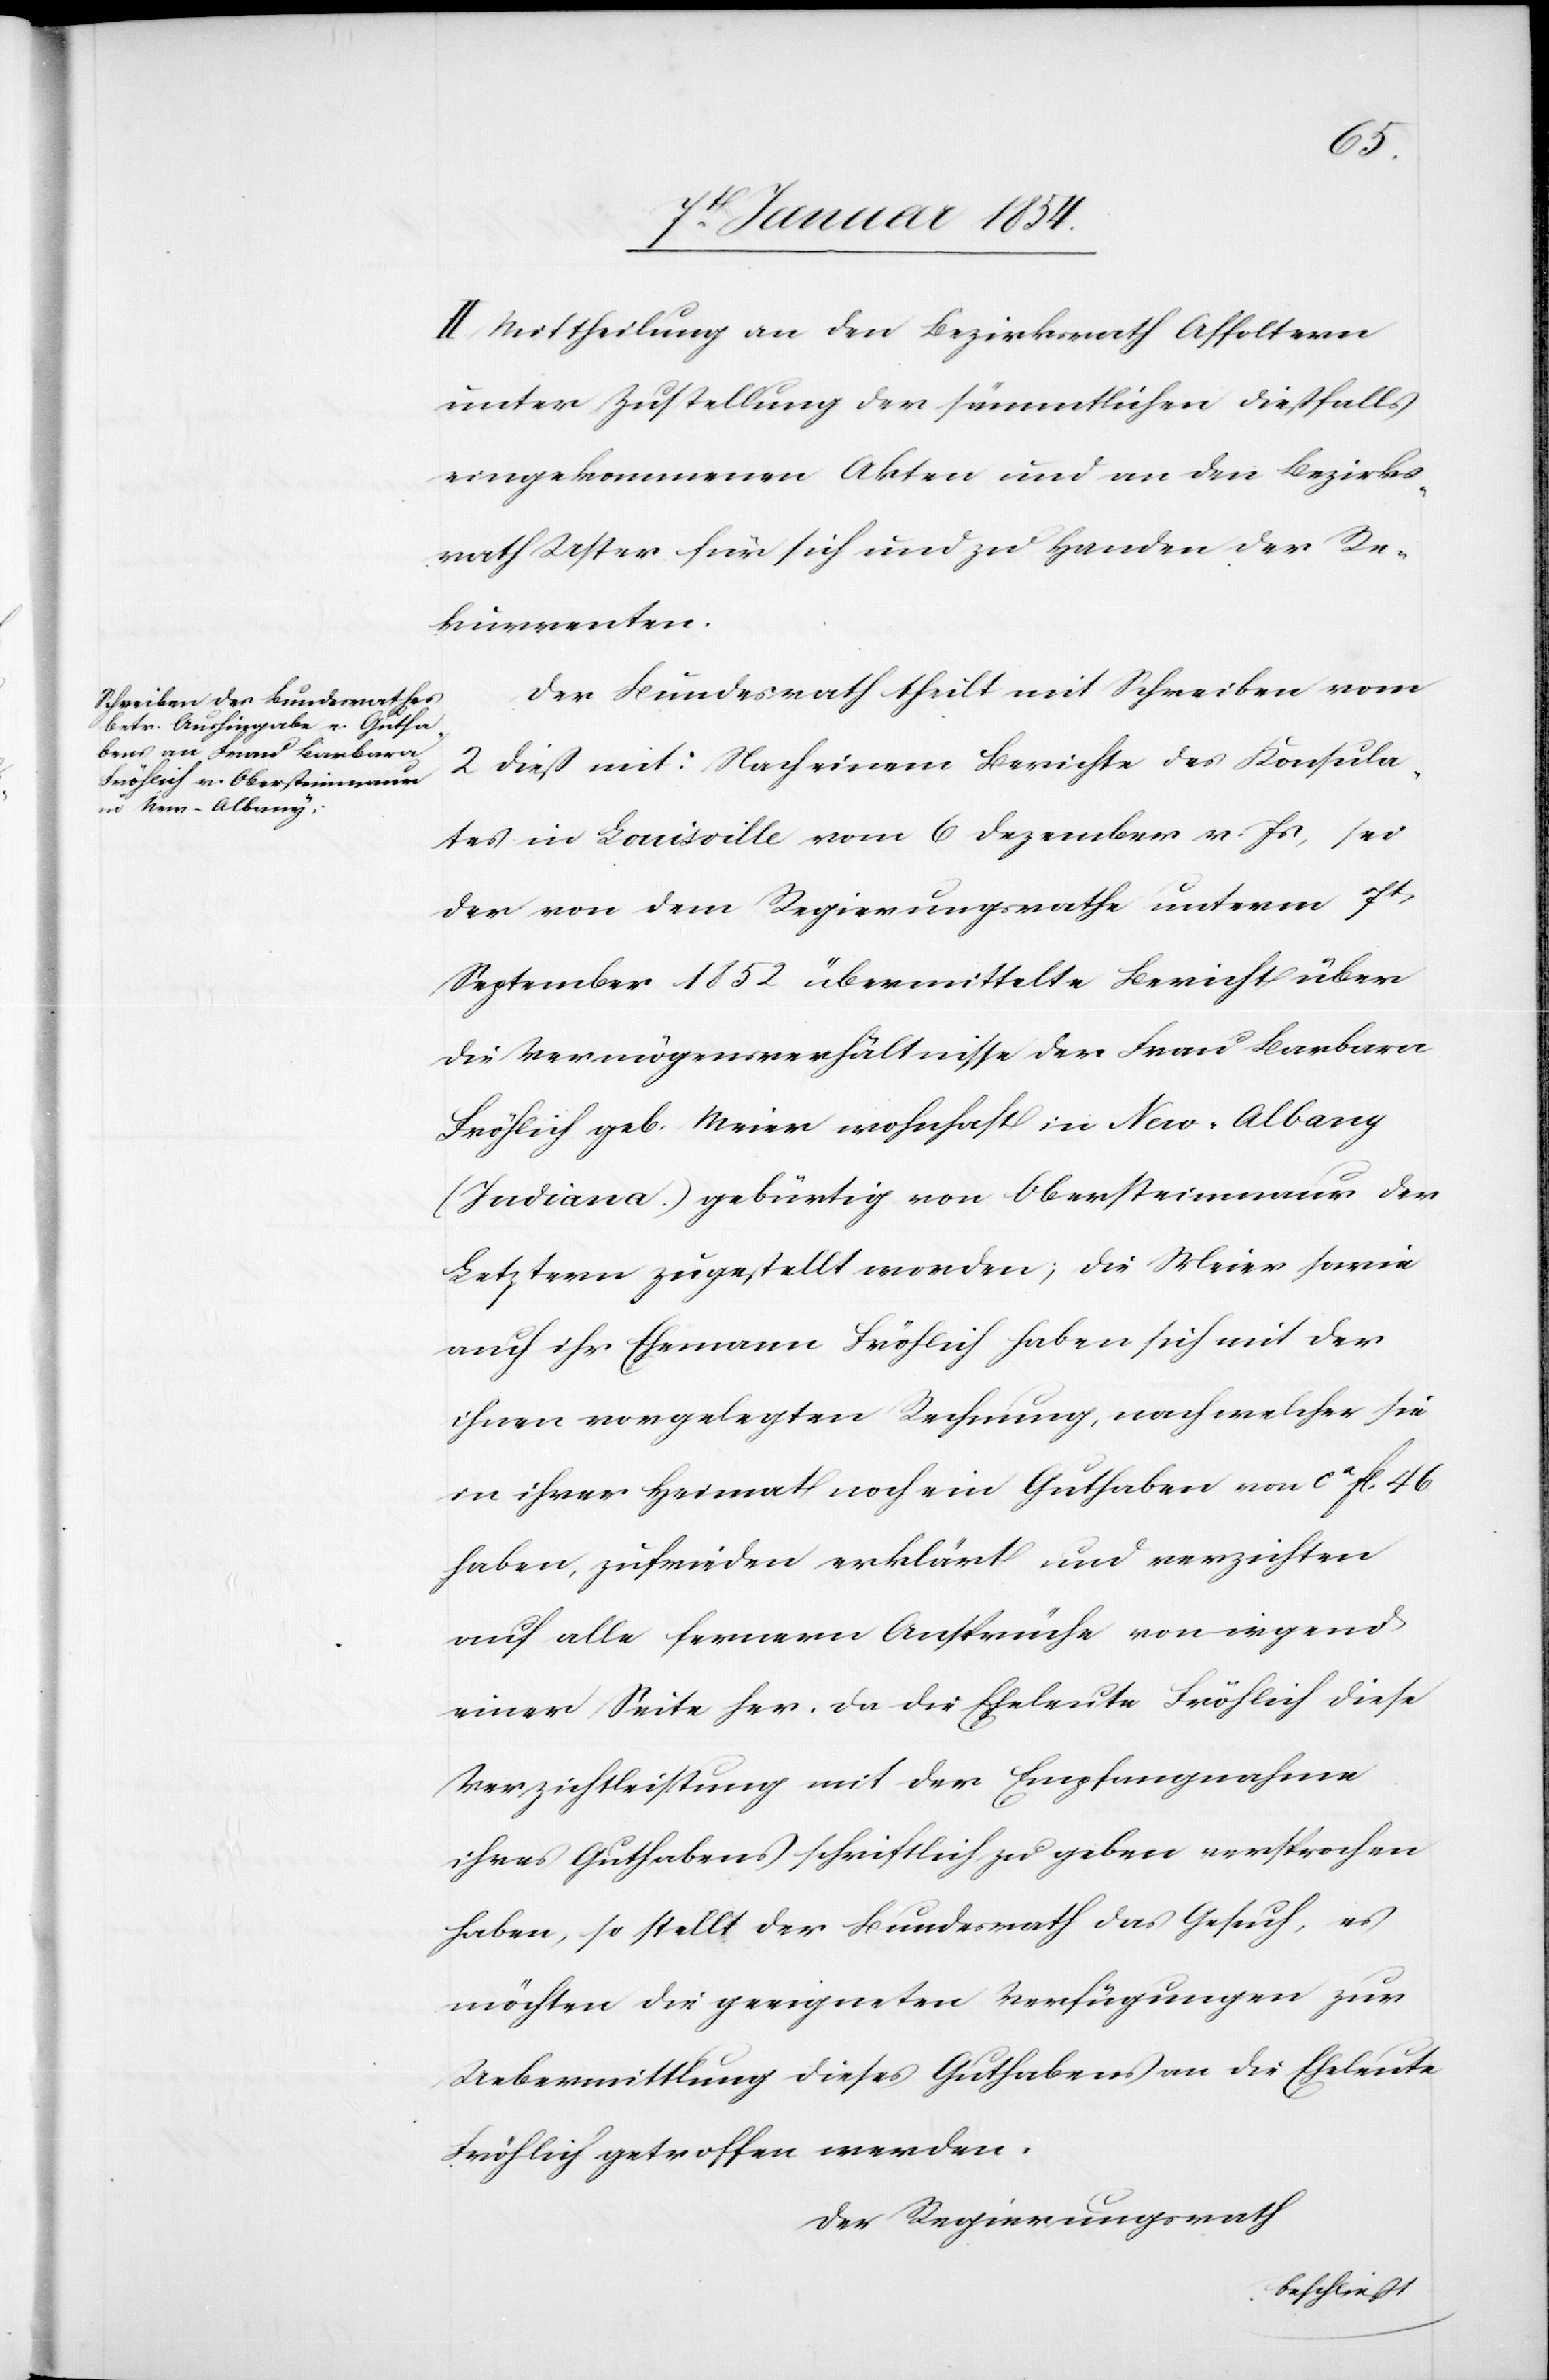
II. Mittheilung an den Bezirksrath Affoltern
unter Zustellung der sämmtlichen dießfalls
eingekommenen Akten und an den Bezirks¬
rath Uster für sich und zu Handen der Re¬
kurrenten.
Der Bundesrath theilt mit Schreiben vom
2 dieß mit: Nach einem Berichte des Konsula¬
tes in Louisville vom 6 Dezember v. Js, sei
der von dem Regierungsrathe unterm 7t
September 1852 übermittelte Bericht über
die Vermögensverhältnisse der Frau Barbara
Fröhlich geb. Meier wohnhaft in New-Albany
(Indiana) gebürtig von Obersteinmaur der
Letztern zugestellt worden; die Meier sowie
auch ihr Ehemann Fröhlich haben sich mit der
ihnen vorgelegten Rechnung, nach welcher sie
in ihrer Heimat noch ein Guthaben von ca fl. 46
haben, zufrieden erklärt und verzichten
auf alle fernern Ansprüche von irgend
einer Seite her. Da die Eheleute Fröhlich diese
Verzichtleistung mit der Empfangnahme
ihres Guthabens schriftlich zu geben versprochen
haben, so stellt der Bundesrath das Gesuch, es
möchten die geeigneten Verfügungen zur
Uebermittlung dieses Guthabens an die Eheleute
Fröhlich getroffen werden.
Der Regierungsrath